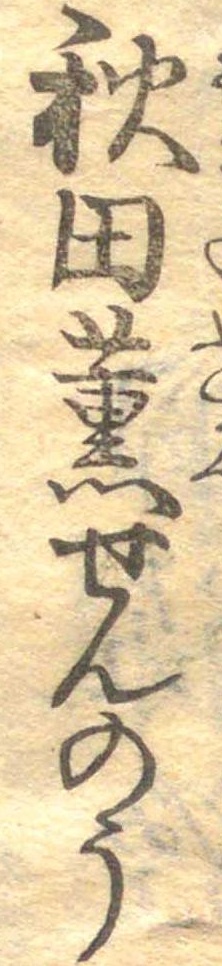
秋田薫せんのう